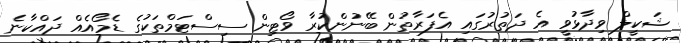
ޝަކީލް ވިދާޅުވީ އެ ދަތުރުގައި އެފަރާތުން ބޭނުންކުރާ ވޯޓިން ސިސްޓަމްތަކުގެ ޑެމޯއެއް ދައްކާނެ